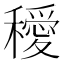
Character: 𥣁